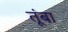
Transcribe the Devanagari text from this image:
तूंबा